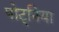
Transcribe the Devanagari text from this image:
पोट्निया